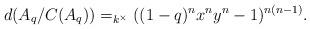
LaTeX: \begin{align*}d(A_q/C(A_q))=_{k^\times } ((1-q)^nx^ny^n-1)^{n(n-1)}.\end{align*}